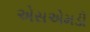
એસએમડી